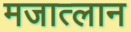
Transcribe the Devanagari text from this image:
मजात्लान